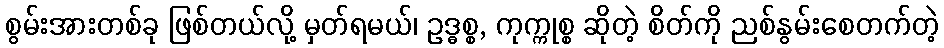
စွမ်းအားတစ်ခု ဖြစ်တယ်လို့ မှတ်ရမယ်၊ ဥဒ္ဓစ္စ, ကုက္ကုစ္စ ဆိုတဲ့ စိတ်ကို ညစ်နွမ်းစေတက်တဲ့